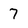
Character: 7